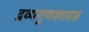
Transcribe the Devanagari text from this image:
द्रव्यगुणशास्त्र